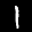
Label: 1